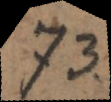
73